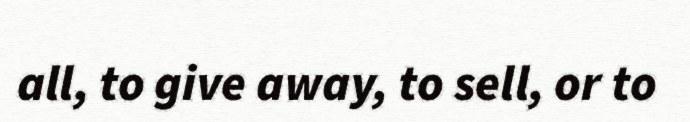
all, to give away, to sell, or to